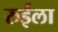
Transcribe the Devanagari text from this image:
रुईला